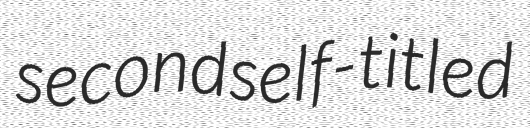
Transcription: second self-titled